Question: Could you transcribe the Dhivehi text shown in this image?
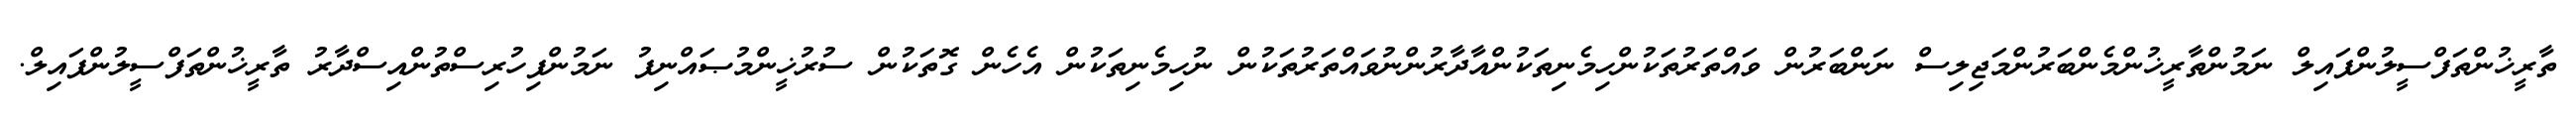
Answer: ތާރީޚުންތަފްސީލުންފައިލް ނަމުންތާރީޚުންމެންބަރުންމަޖިލިސް ނަންބަރުން ވައްތަރުތަކުންހިމެނިތަކުންއާދާރުންނުވައްތަރުތަކުން ނުހިމެނިތަކުން އެހެން ގޮތަކުން ސުރުޚީންމުޞައްނިފު ނަމުންފިހުރިސްތުންއިސްދާރު ތާރީޚުންތަފްސީލުންފައިލް.